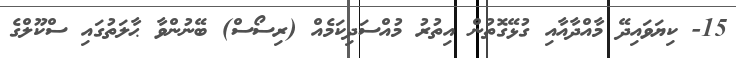
15- ކިޔަވައިދޭ މާއްދާއާއި ގުޅޭގޮތުން އިތުރު މުއްސަދިކަމެއް (ރިސޯސް) ބޭނުންވާ ޙާލަތުގައި ސްކޫލްގެ